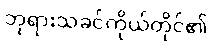
ဘုရားသခင်ကိုယ်တိုင်၏